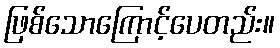
ဖြစ်သောကြောင့်ပေတည်း။